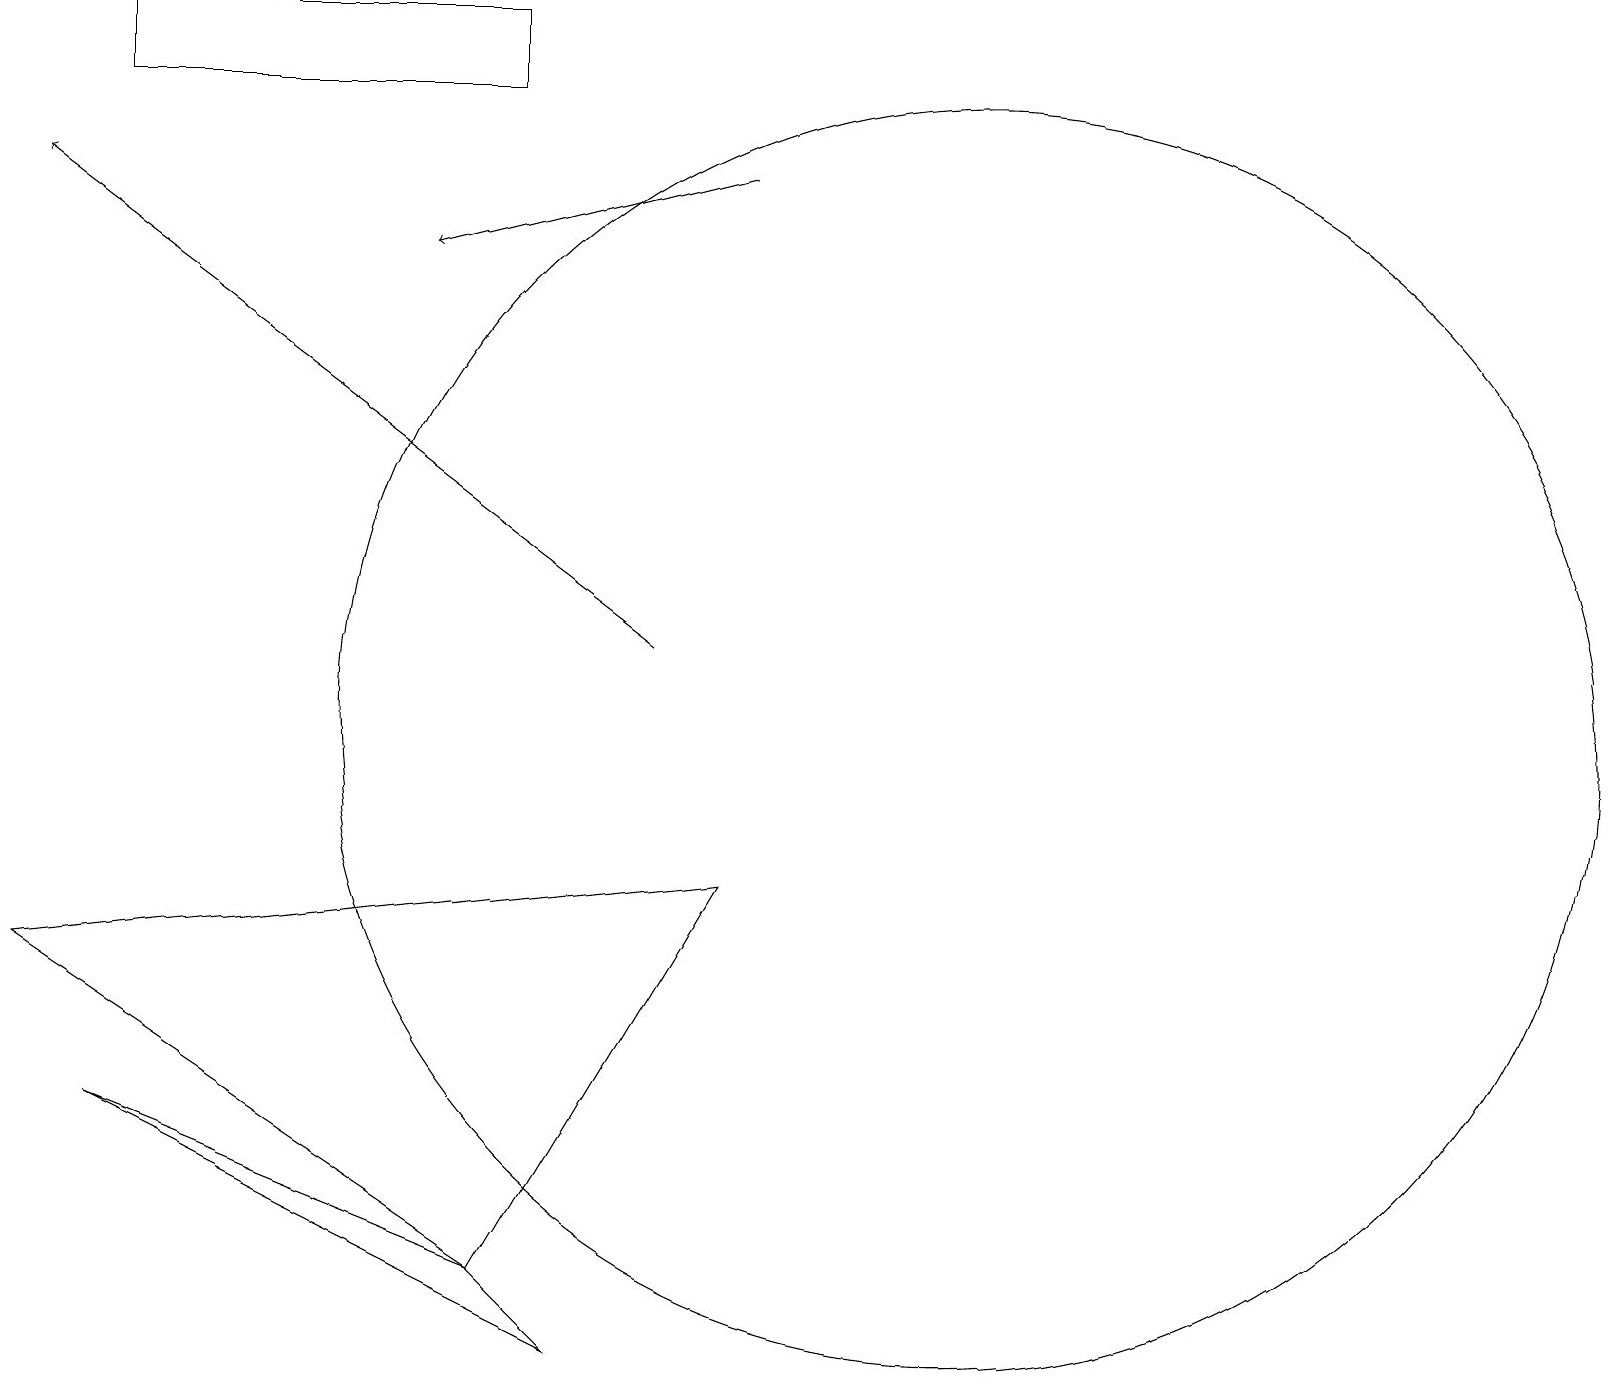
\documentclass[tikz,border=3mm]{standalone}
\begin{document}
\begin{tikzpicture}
\draw[->] (9,17) -- (5,16);
\draw (1,19) rectangle (6,18);
\draw (6,3) -- (1,5) -- (7,2) -- cycle;
\draw (12,10) circle (8);
\draw (9,8) -- (6,3) -- (0,7) -- cycle;
\draw[->] (8,11) -- (0,17);
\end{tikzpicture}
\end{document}